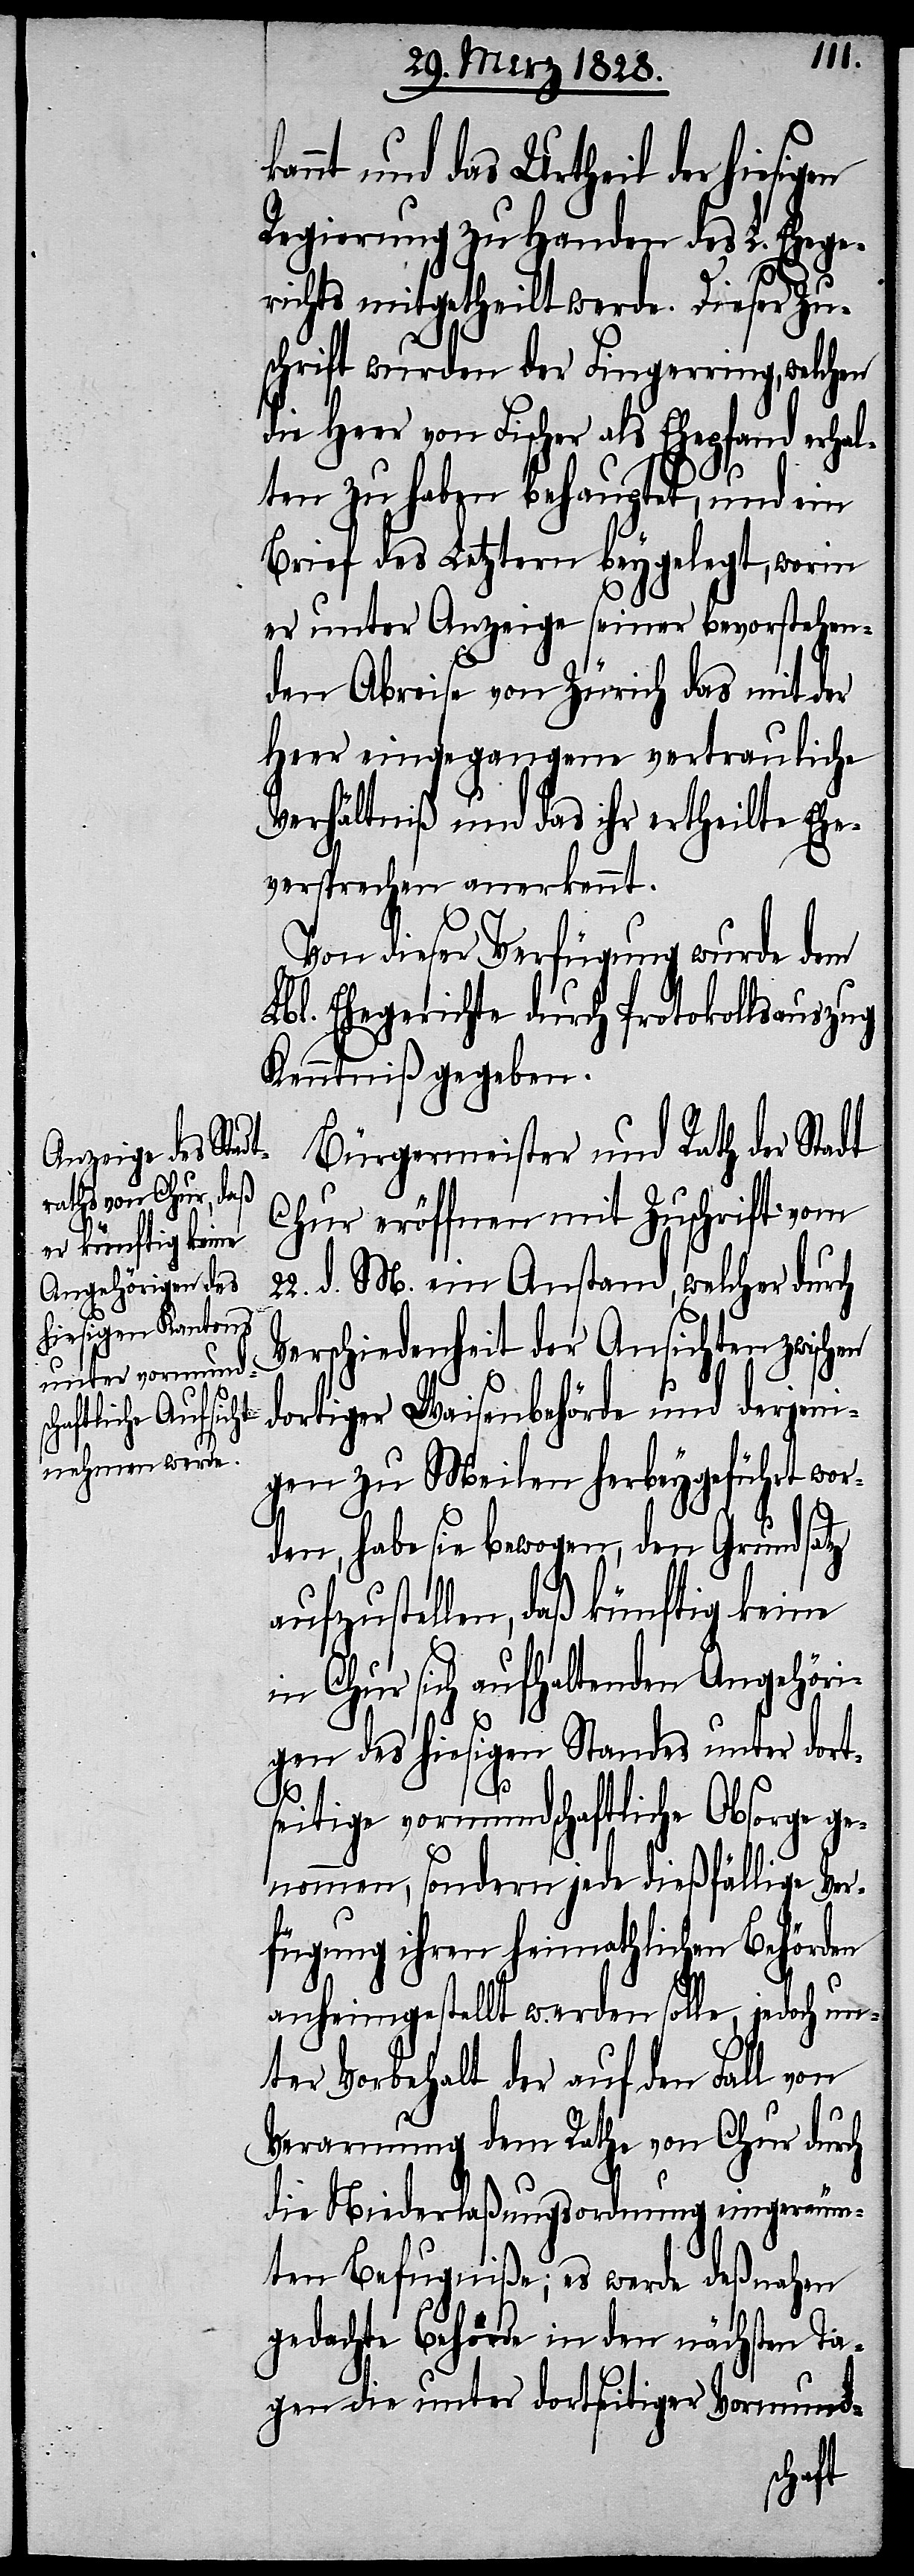
V¬
kannt und das Urtheil der
Regierung zu Handen des L. Ehege¬
richts mitgetheilt werde. Dieser Zu¬
schrift wurden der Fingerring, welchen
die Heer von Fischer als Ehepfand erhal¬
ten zu haben behauptet, und ein
Brief des Letztern beygelegt, worin
er unter Anzeige seiner bevorstehen¬
den Abreise von Zürich das mit der
Heer eingegangene vertrauliche
Verhältniß und das ihr ertheilte Ehe¬
versprechen anerkennt.
Von dieser Verfügung wurde dem
Lbl. Ehegerichte durch Protokollsauszug
Kenntniß gegeben.
Bürgermeister und Rath der Stadt
Chur eröffnen mit Zuschrift vom
22. d. M. ein Anstand, welcher durch
erschiedenheit der Ansichten zwis¬
dortiger Waisenbehörde und derjeni¬
gen zu Meilen herbeygeführt wor¬
den, habe sie bewogen, den Grundsatz
aufzustellen, daß künftig keine
in Chur sich aufhaltenden Angehöri¬
gen des hiesigen Standes unter dort¬
seitige vormundschaftliche Obsorge
genommen, sondern jede dießfällige Ver¬
fügung ihren heimathlichen Behörden
anheimgestellt werden solle, jedoch un¬
ter Vorbehalt der auf den Fall von
Verarmung dem Rathe von Chur durc¬
h Niederlaßungsordnung eingeräum¬
ten Befugniße; es werde deßnahen
gedachte Behörde in den nächsten Ta¬
gen die unter dortseitiger Vormund-
chen